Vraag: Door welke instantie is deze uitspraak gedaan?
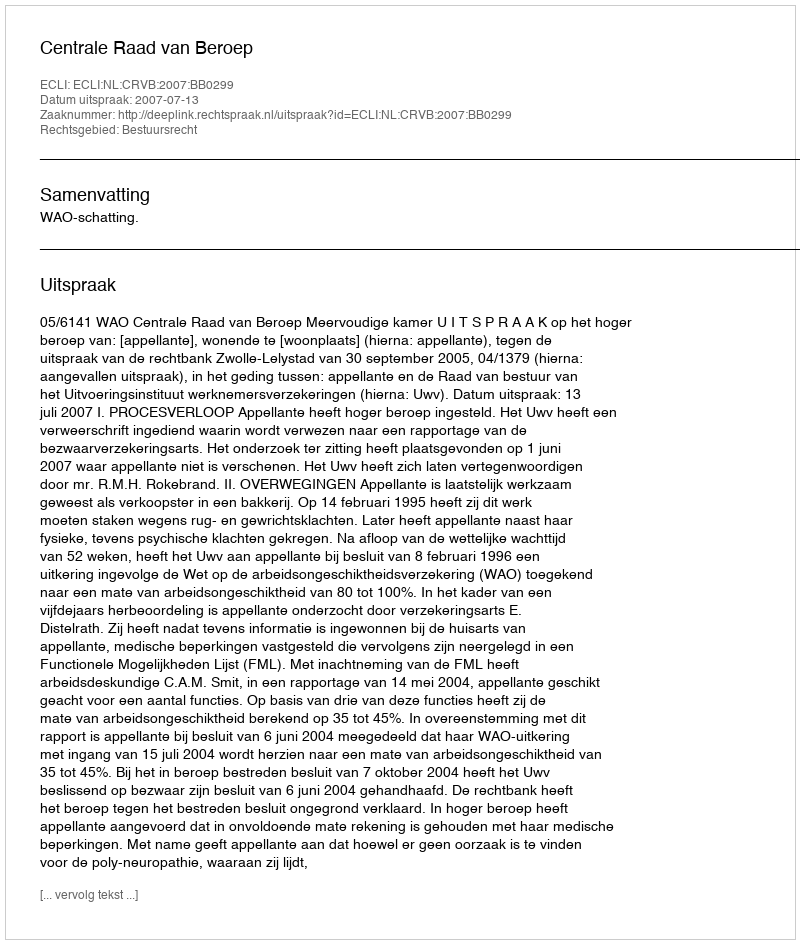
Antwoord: Centrale Raad van Beroep